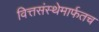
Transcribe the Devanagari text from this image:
वित्तसंस्थेमार्फतच